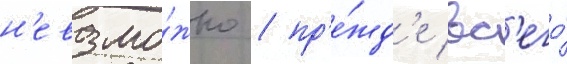
н'евозмо́жно / пр'е́жд'е вс'его́